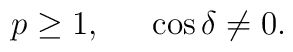
\begin{array}{ccc}                p \geq 1 , &  & \cos{\delta} \neq 0 .        \end{array}